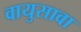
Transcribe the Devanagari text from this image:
वायुसावा